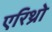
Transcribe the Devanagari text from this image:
एरिथ्रो